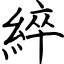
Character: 綷